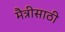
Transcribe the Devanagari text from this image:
मैत्रीसाठी